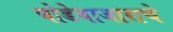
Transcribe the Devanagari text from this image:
घोडेबाजाराचे